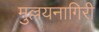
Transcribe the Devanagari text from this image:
मुल्लयनागिरी